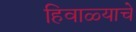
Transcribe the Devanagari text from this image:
हिवाळ्याचे